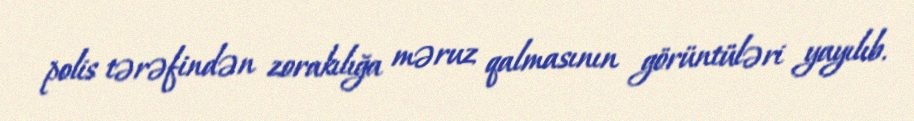
polis tərəfindən zorakılığa məruz qalmasının görüntüləri yayılıb.